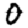
Digit: 0